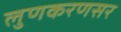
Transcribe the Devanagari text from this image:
लुणकरणसर